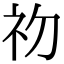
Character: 𭃡